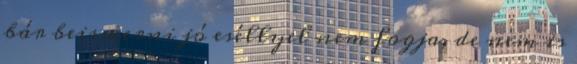
bár beismerni jó eséllyel nem fogja, de nem is